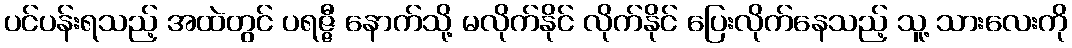
ပင်ပန်းရသည့် အထဲတွင် ပရဇ္ဇီ နောက်သို့ မလိုက်နိုင် လိုက်နိုင် ပြေးလိုက်နေသည့် သူ့ သားလေးကို